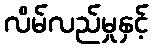
လိမ်လည်မှုနှင့်